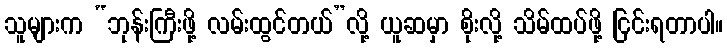
သူများက “ဘုန်းကြီးဖို့ လမ်းထွင်တယ်”လို့ ယူဆမှာ စိုးလို့ သိမ်ထပ်ဖို့ ငြင်းရတာပါ။